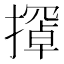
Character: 𫾇